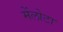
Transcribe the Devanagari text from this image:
मेंलोटा